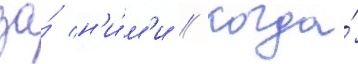
за́ н'и́м'и // Когда́